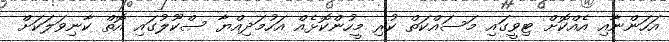
އަހަންނާއި އެއްކޮށް ޓިވީގައި މަސައްކަތް ކުރި މީހުންކޮޅެއް އަހުމަދިއްޔާ ސްކޫލުގައި އޮތް ކާނިވަލަކަށް